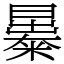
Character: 㬥